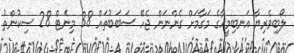
ލޯބިވެރިޔާ އަނބިމީހާގެ މަގާމަށް ގެންނަން ޖެހޭ ސަބަބުތައް 38 މިނެޓް 28 ސިކުންތު